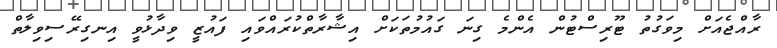
ރާއްޖެއަށް މިވަގުތު ޓޫރިސްޓުން އެންމެ ގިނަ ގައުމުތަކަށް އިޝާރާތްކުރައްވައި ފައުޒީ ވިދާޅުވީ އިނގިރޭސިވިލާތް